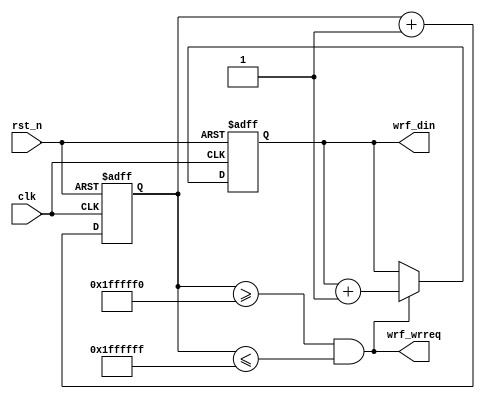
`timescale 1ns / 1ps
////////////////////////////////////////////////////////////////////////////////
// Company		: 
// Design Name	: 
// Module Name	: datagene
// Project Name	: uartfifo
// Target Device: Cyclone EP1C3T144C8 
// Tool versions: Quartus II 8.1
// Description	: 232
//				
// Revision		: V1.0
// Additional Comments	:  
// 
////////////////////////////////////////////////////////////////////////////////
module datagene(
				clk,rst_n,
				wrf_din,wrf_wrreq
			);

input clk;		//FPAG25MHz
input rst_n;	//FPGA

	//wrFIFO
output[7:0] wrf_din;		//FIFO
output wrf_wrreq;			//FIFO


//------------------------------------------
//1s168bitfifo
reg[24:0] cntwr;	//sdram

always @(posedge clk or negedge rst_n)
	if(!rst_n) cntwr <= 25'd0;
	else cntwr <= cntwr+1'b1;

assign wrf_wrreq = (cntwr >= 25'h1fffff0) && (cntwr <= 25'h1ffffff);	//FIFO

//------------------------------------------
//fifowrfifo
reg[7:0] wrf_dinr;	//wrfifo

always @(posedge clk or negedge rst_n)
	if(!rst_n) wrf_dinr <= 8'd0;
	else if((cntwr >= 25'h1fffff0) && (cntwr <= 25'h1ffffff))
		wrf_dinr <= wrf_dinr+1'b1;	//

assign wrf_din = wrf_dinr;

endmodule